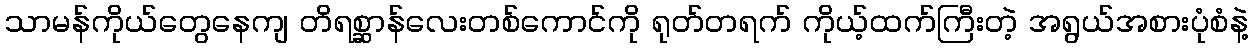
သာမန်ကိုယ်တွေနေကျ တိရစ္ဆာန်လေးတစ်ကောင်ကို ရုတ်တရက် ကိုယ့်ထက်ကြီးတဲ့ အရွယ်အစားပုံစံနဲ့